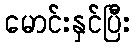
မောင်းနှင်ပြီး